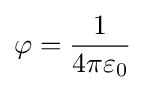
\varphi ={\frac {1}{4\pi \varepsilon _{0}}}